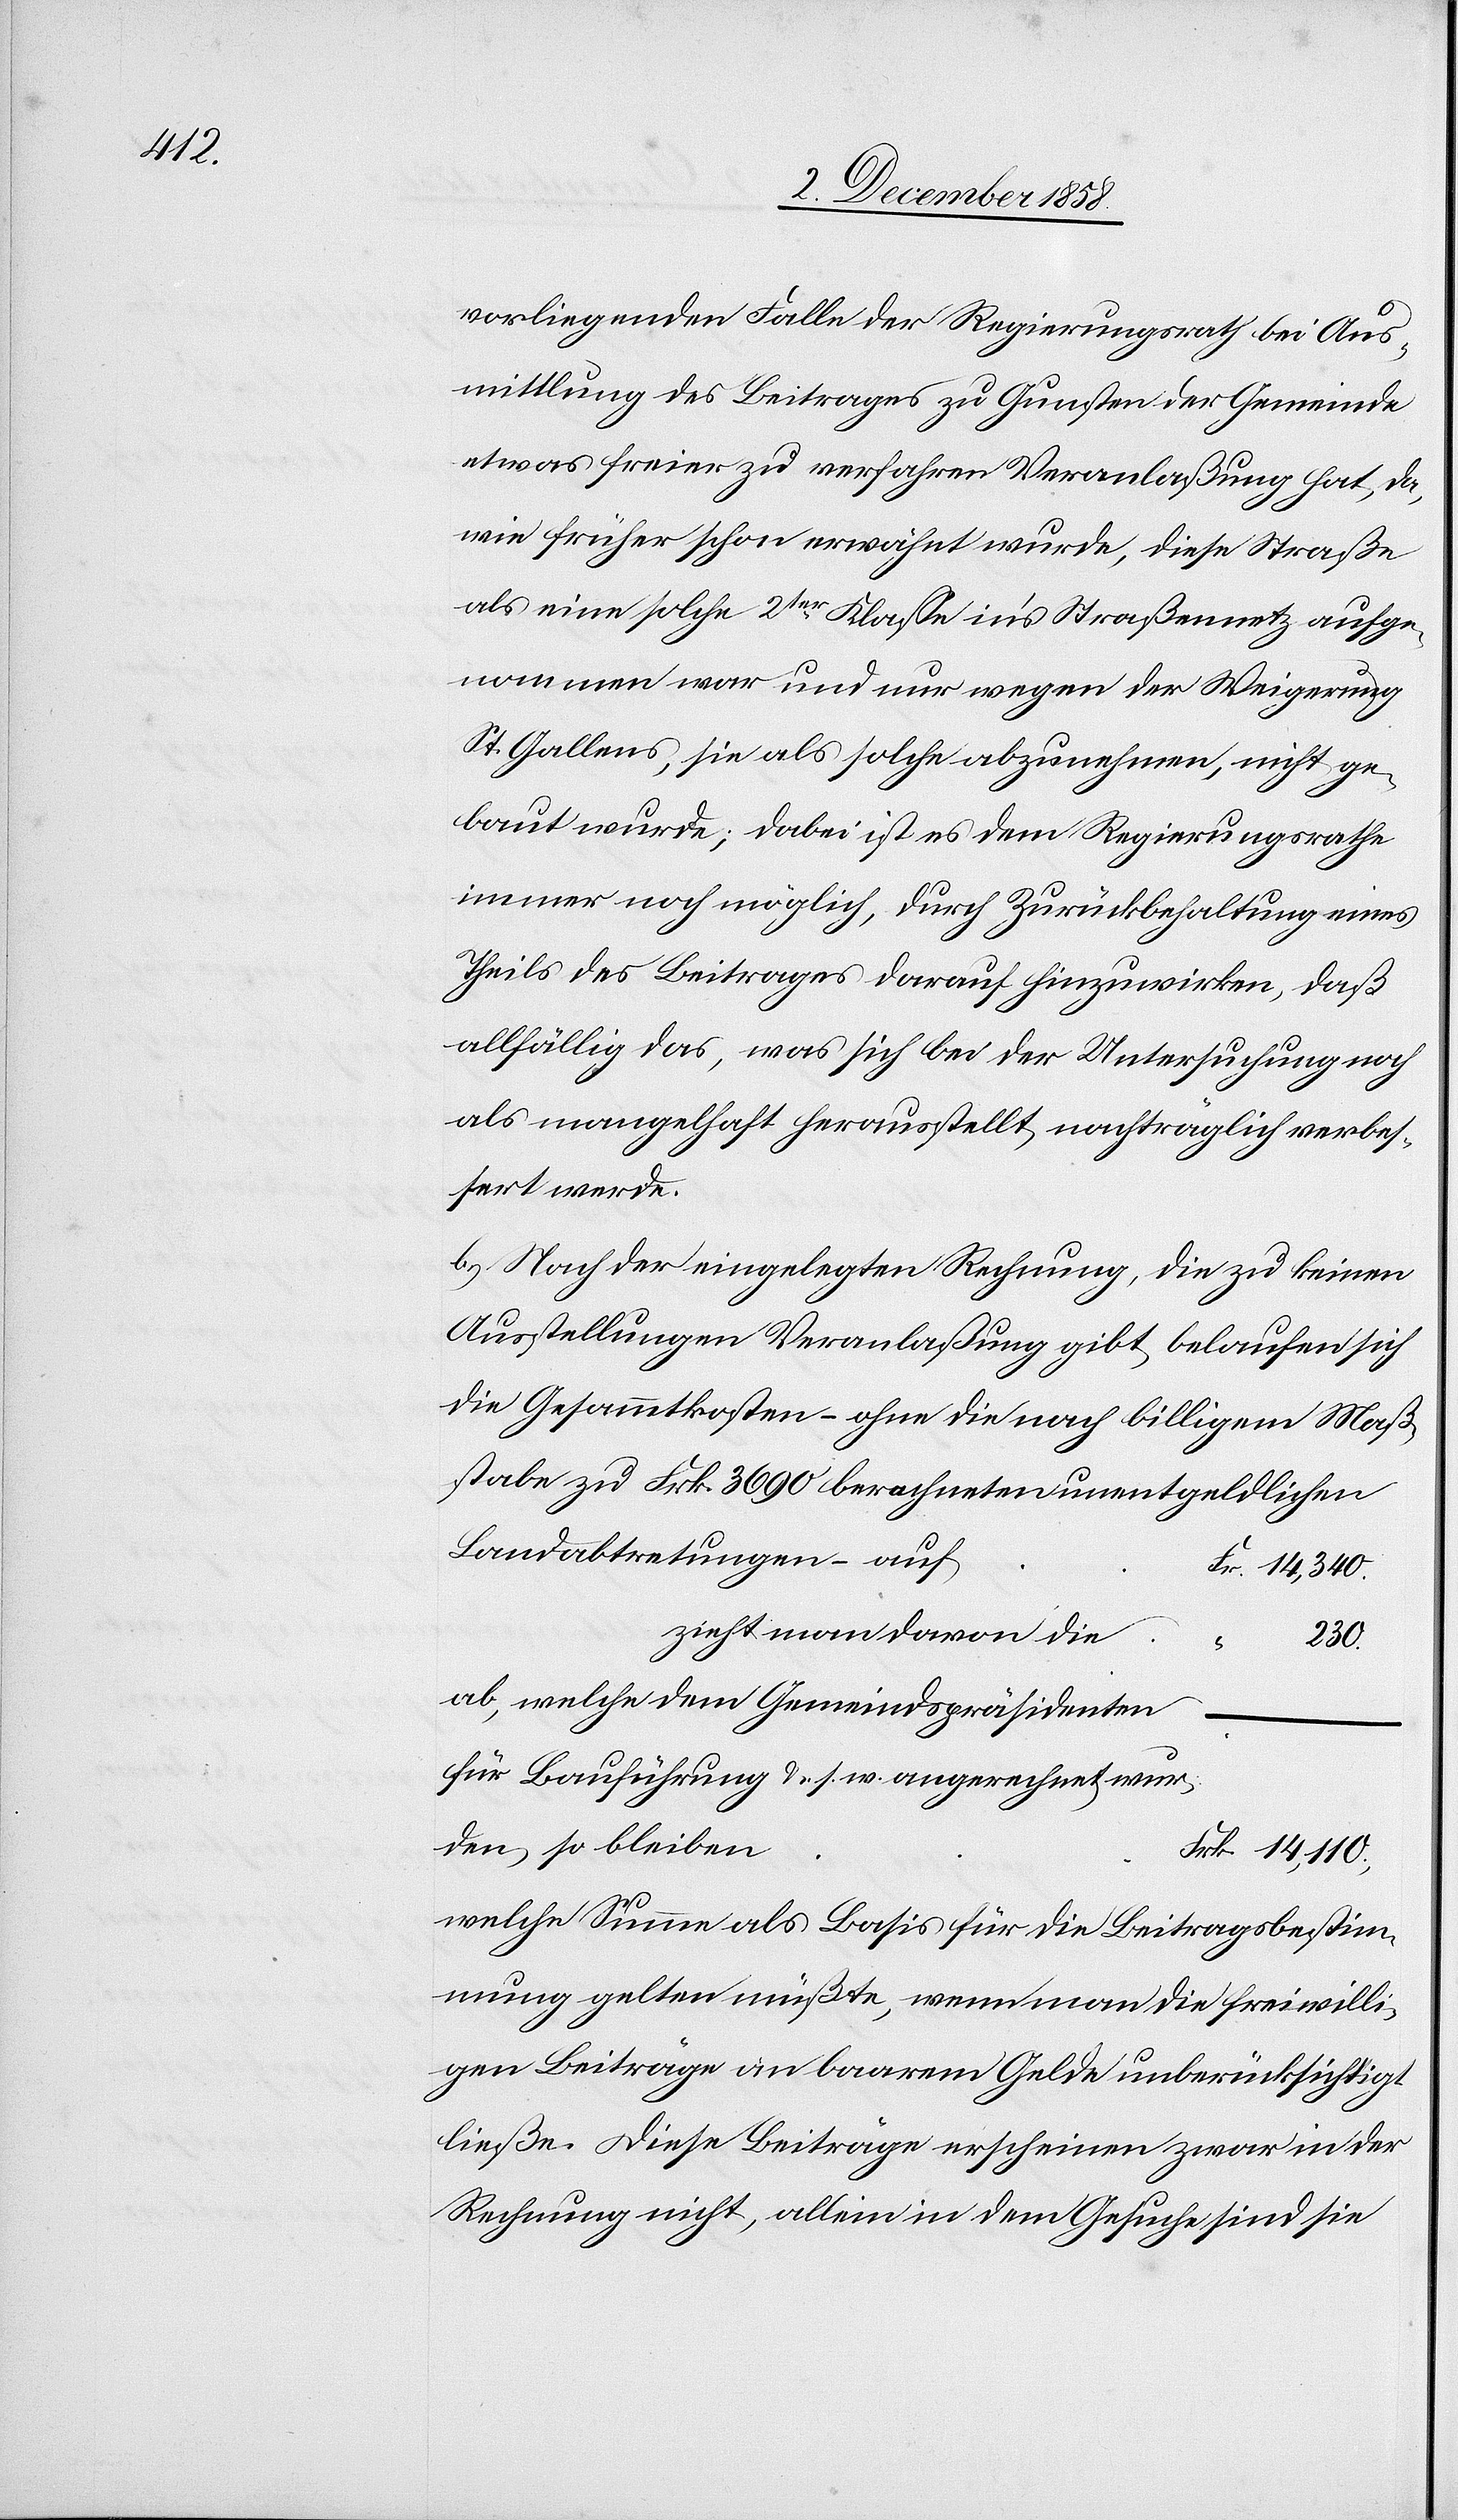
tabe

vorliegenden Falle der Regierungsrath bei Aus¬
mittlung des Beitrages zu Gunsten der Gemeinde
etwas freier zu verfahren Veranlaßung hat, da,
wur¬
wie früher schon erwähnt wurde, diese Straße
als eine solche 2ter Klasse in’s Straßennetz aufge¬
nommen war und nur wegen der Weigerung
St. Gallens, sie als solche abzunehmen, nicht ge¬
baut wurde; dabei ist es dem Regierungsrathe
immer noch möglich, durch Zurückbehaltung eines
Theils des Beitrages darauf hinzuwirken, daß
allfällig das, was sich bei der Untersuchung noch
als mangelhaft herausstellt, nachträglich verbes¬
sert werde.
b.) Nach der eingelegten Rechnung, die zu keinen
Ausstellungen Veranlaßung gibt, belaufen sich
die Gesammtkosten – ohne die nach billigem Maßs¬
Landabtretungen – auf
Fr. 14,340.
zieht man davon die
“
230.
ab, welche dem Gemeindspräsidenten
für Bauführung &. s. w. angerechnet
den, so bleiben
Frk. 14,110.,
welche Summe als Basis für die Beitragsbestim¬
mung gelten müßte, wenn man die freiwilli¬
gen Beiträge an baarem Gelde unberücksichtigt
ließe. Diese Beiträge erscheinen zwar in der
Rechnung nicht, allein in dem Gesuche sind sie